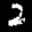
Label: 2